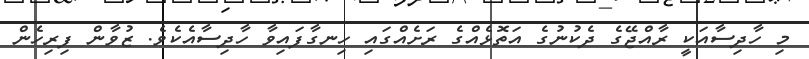
މި ހާދިސާއަކީ ރާއްޖޭގެ ދެކުނުގެ އަތޮޅެއްގެ ރަށެއްގައި ހިނގާފައިވާ ހާދިސާއެކެވެ. ޒުވާން ފިރިހެން